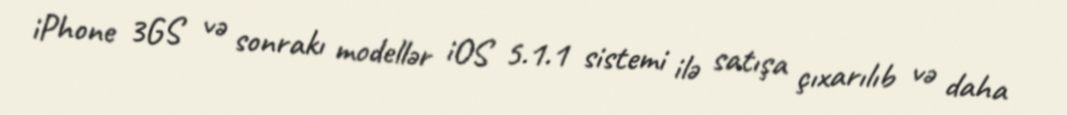
iPhone 3GS və sonrakı modellər iOS 5.1.1 sistemi ilə satışa çıxarılıb və daha